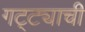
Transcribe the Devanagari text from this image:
गट्ट्याची